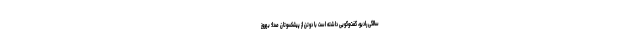
سالگی رادیو، گفت‌وگویی داشته‌ است با دوتن از پیشکسوتان صدا؛ بهروز